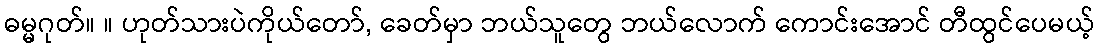
ဓမ္မဂုတ်။ ။ ဟုတ်သားပဲကိုယ်တော်, ခေတ်မှာ ဘယ်သူတွေ ဘယ်လောက် ကောင်းအောင် တီထွင်ပေမယ့်